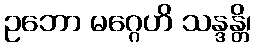
ဥဘော မဂ္ဂေဟိ သန္ဒန္တိ၊